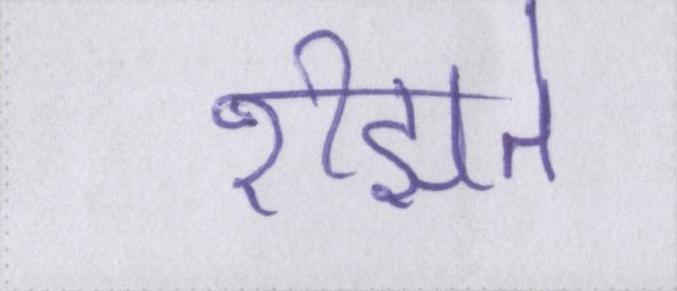
रीझते